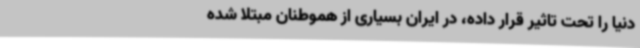
دنیا را تحت تاثیر قرار داده، در ایران بسیاری از هموطنان مبتلا شده